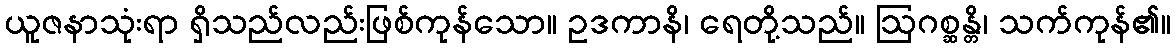
ယူဇနာသုံးရာ ရှိသည်လည်းဖြစ်ကုန်သော။ ဥဒကာနိ၊ ရေတို့သည်။ ဩဂစ္ဆန္တိ၊ သက်ကုန်၏။